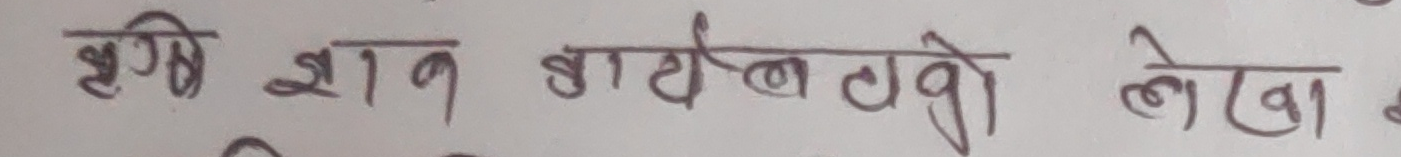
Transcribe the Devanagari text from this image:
दृष्टि ज्ञान बाटेलवो लेखा